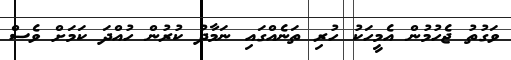
ވަގުތު ޖެހުމުން އެމީހަކު ހުރި ތަނެއްގައި ނަމާދު ކުރުން ހުއްދަ ކަމަށް ވެސް